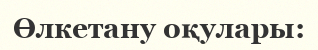
Өлкетану оқулары: